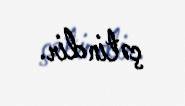
çətindir.